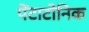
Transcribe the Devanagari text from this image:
पेंटाटोनिक